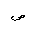
Letter: _sad